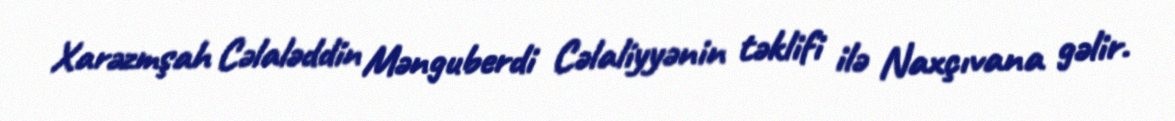
Xarəzmşah Cəlaləddin Mənguberdi Cəlaliyyənin təklifi ilə Naxçıvana gəlir.